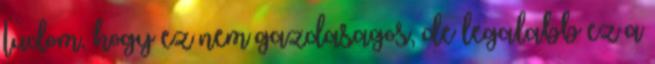
tudom, hogy ez nem gazdasagos, de legalabb ez a